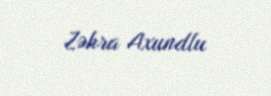
Zəhra Axundlu